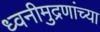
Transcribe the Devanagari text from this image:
ध्वनीमुद्रणांच्या